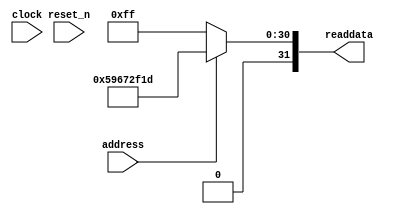
module soc_design_SystemID_6 (
                address,
                clock,
                reset_n,
                readdata
             )
;
  output  [ 31: 0] readdata;
  input            address;
  input            clock;
  input            reset_n;
  wire    [ 31: 0] readdata;
  assign readdata = address ? 1499934493 : 255;
endmodule